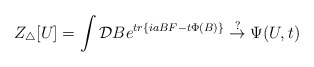
\begin{align*}Z_\triangle[U]=\int {\cal D}B e^{tr \{ia B F - t\Phi (B) \}} \stackrel{\rm ?}{\rightarrow} \Psi(U, t)\end{align*}